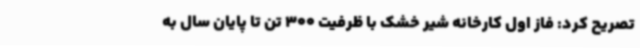
تصریح کرد: فاز اول کارخانه شیر خشک با ظرفیت 300 تن تا پایان سال به